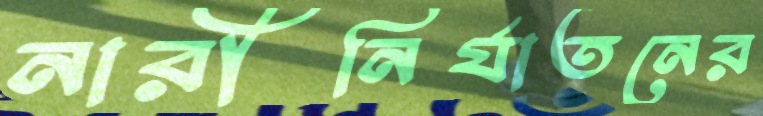
নারীনির্যাতনের